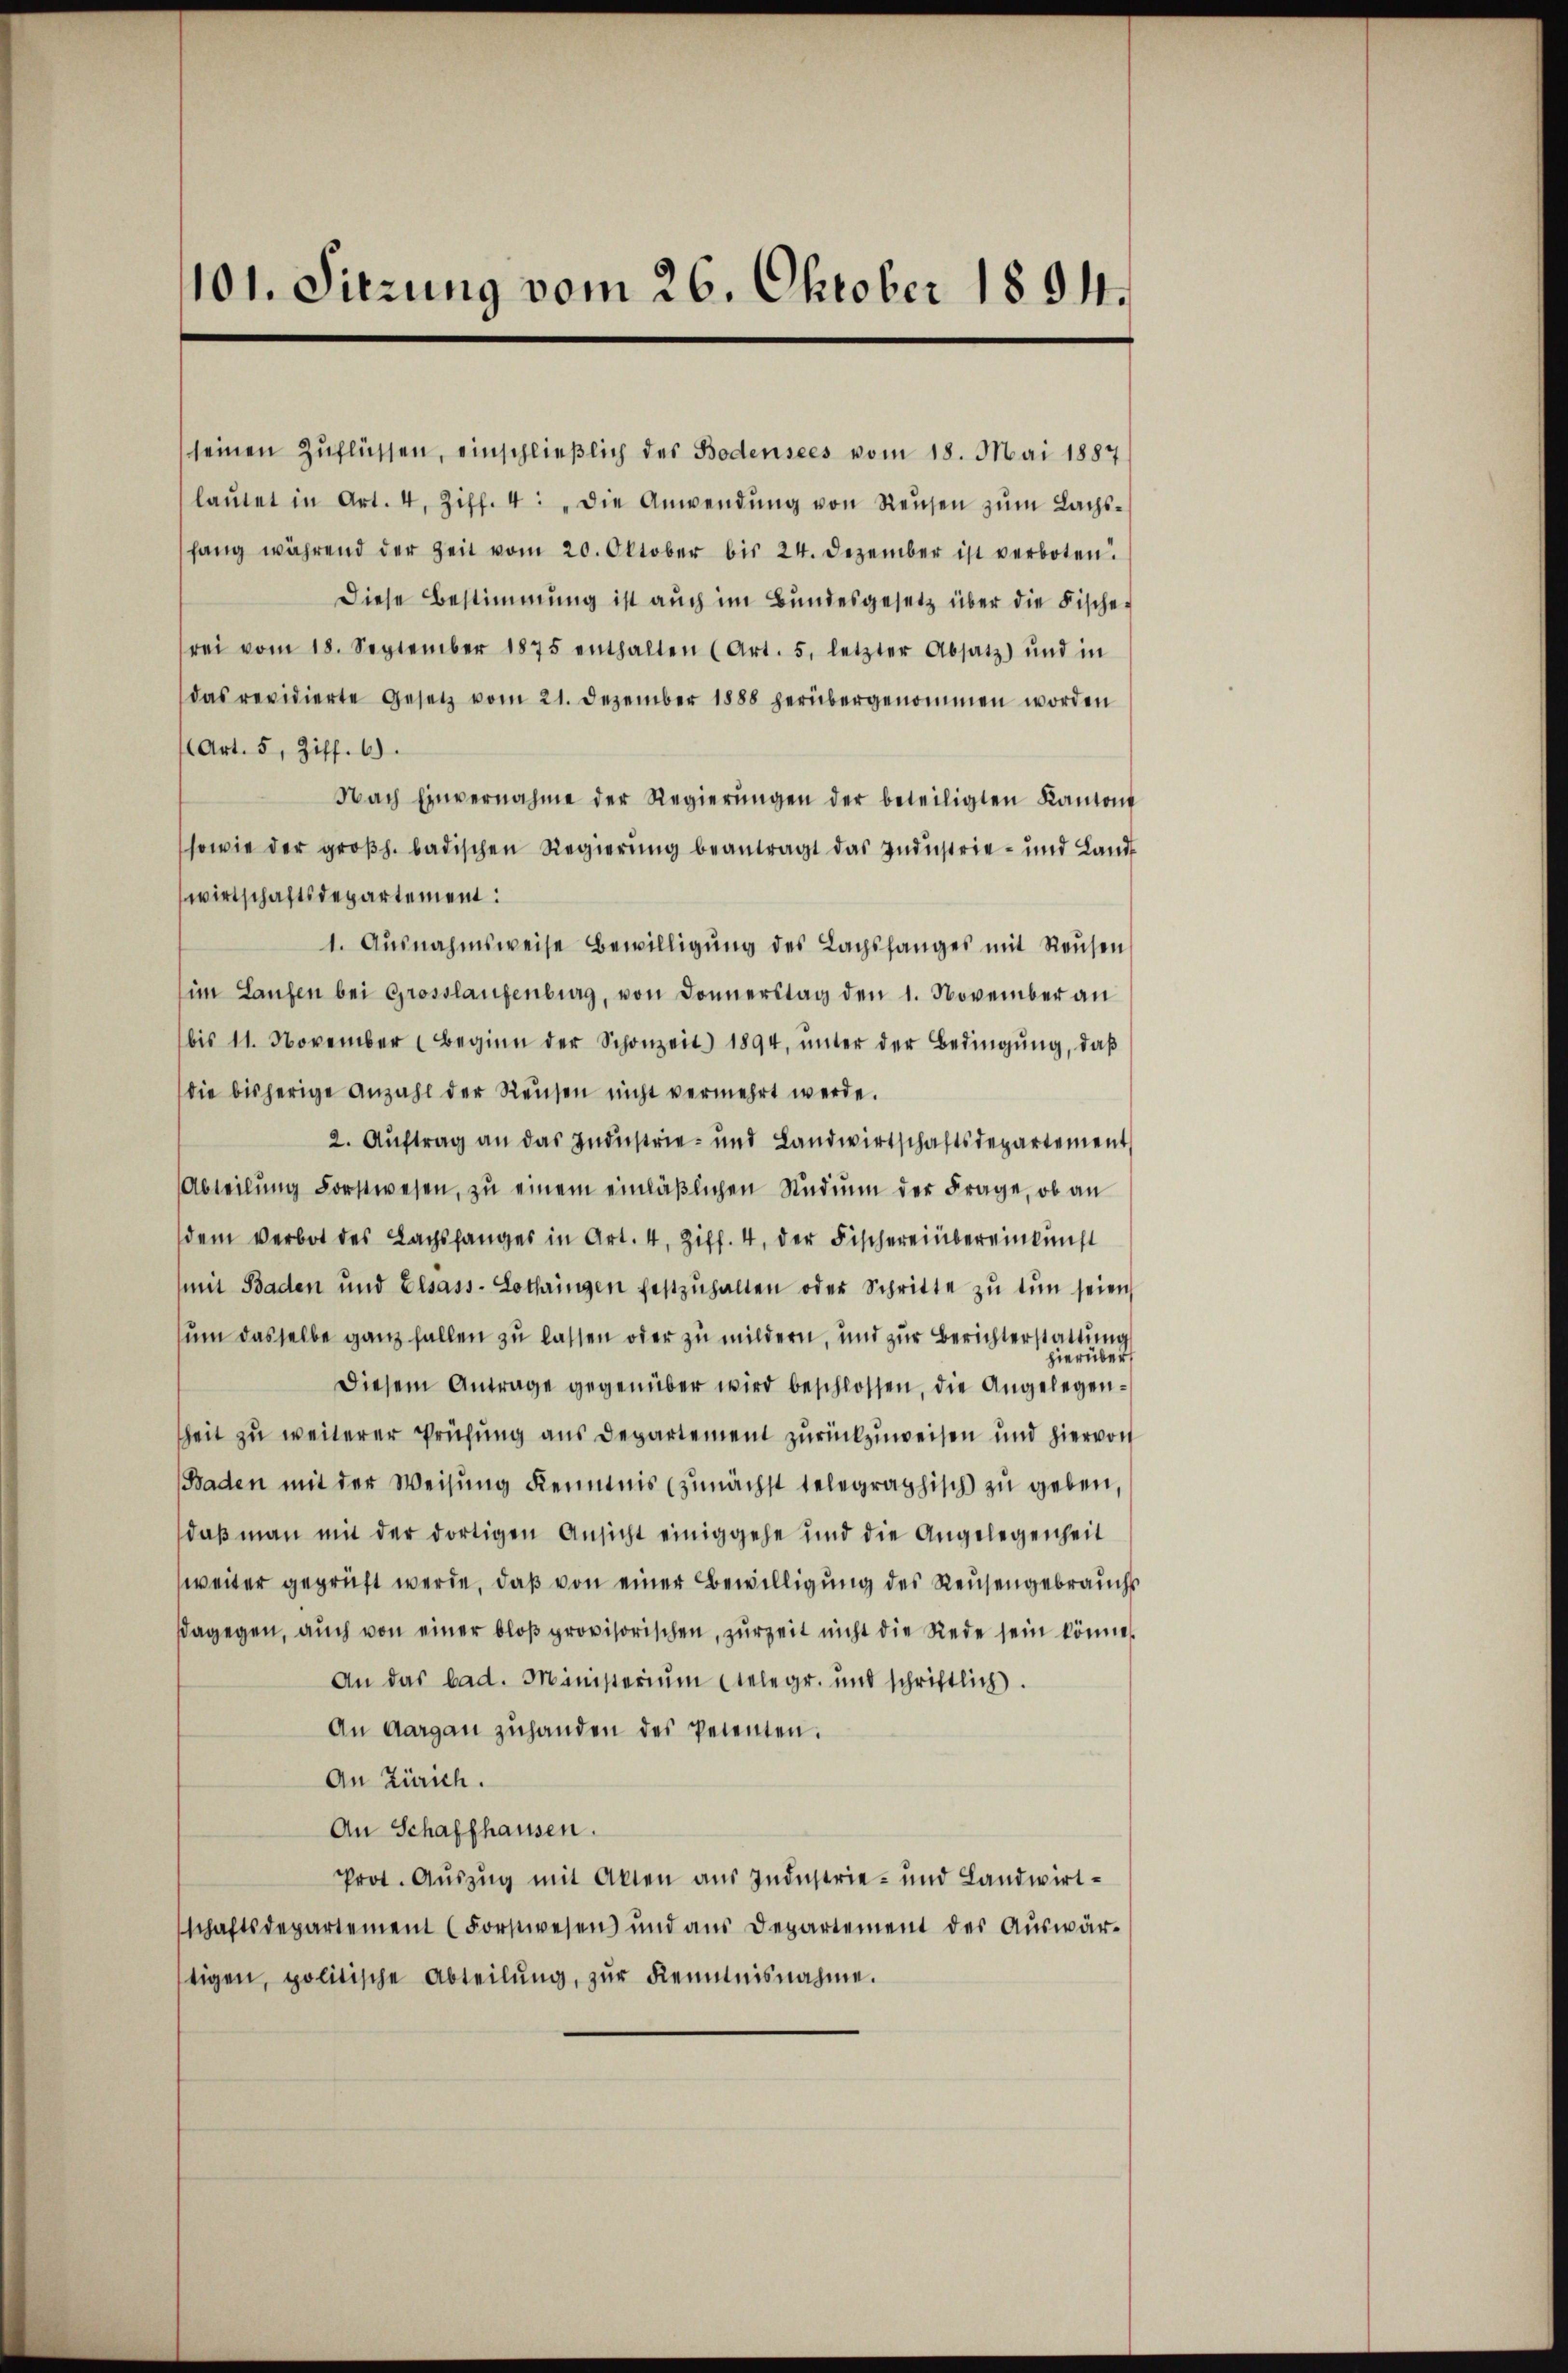
101. Sitzung vom 26. Oktober 1894.

seinen Zuflüssen, einschließlich des Bodensees vom 18. Mai 1887
laŭtet in Art. 4, Ziff. 4: „Die Anwendŭng von Reŭsen zŭm Bachs-
hang während der Zeit vom 20. Oktober bis 24. Dezember ist verboten.
Diese Bestimmung ist auch im Bundesgesetz über die Fische-
rei vom 18. September 1875 enthalten (Art. 5. letzter Absatz) und in
das revidierte Gesetz vom 21. Dezember 1888 herübergenommen worden
(Art. 5, Ziff. 6).
Nach Einvernahme der Regierŭngen der beteiligten Kantons
sowie der großh. badischen Regierŭng beantragt das Industrie- und Land
wirtschaftsdepartement:
1. Ausnahmsweise Bewilligŭng des Lachsfanges mit Reŭsen
im Laufen bei Grosslaufenburg, von Donnerstag den 1. November an
bis 11. November (Beginn der Schonzeit 1894, ŭnter der Bedingŭng, daβ
die bisherige Anzahl der Reisen nicht vermehrt werde.
2. Auftrag an das Industrie- und Landwirtschaftsdepartement
Abteilŭng Forstwesen, zŭ einem einläβlichen Studium der Frage, ob an
dem Verbot des Lachsfanges in Art. 4, Ziff. 4, der Fischereinbereinkunft
mit Baden und Elsass-Lothringen festzŭhalten oder Schritte zŭ tun seien
sum dasselbe ganz fallen zu lassen oder zu mildern, und zur Berichterstattung
hierüber
Diesem Antrage gegenüber wird beschlossen, die Angelegenheit zu weiterer Prüfung aus Departement zurückzuweisen und hiervon
Baden mit der Weisung Kenntnis (zunächst telegraphisch zu geben,
daß man mit der dortigen Ansicht einiggehe und die Angelegenheit
weiter geprüft werde, daß von einer Bewilligung des Reisengebrauchs
dagegen, auch von einer bloß provisorischen, zur Zeit nicht die Rede sein könne.
An das bad. Ministerium telegr. und schriftlich.
An Aargaŭ zŭhanden des Petenten.
An Zürich.
An Schaffhausen.
Prot. Auszug mit Akten aus Industrie- und Landwirt-
schaftsdepartement (Forstwesen und aŭs Departement des Aŭswär-
tigen, politische Abteilŭng, zŭr Kenntnisnahme.